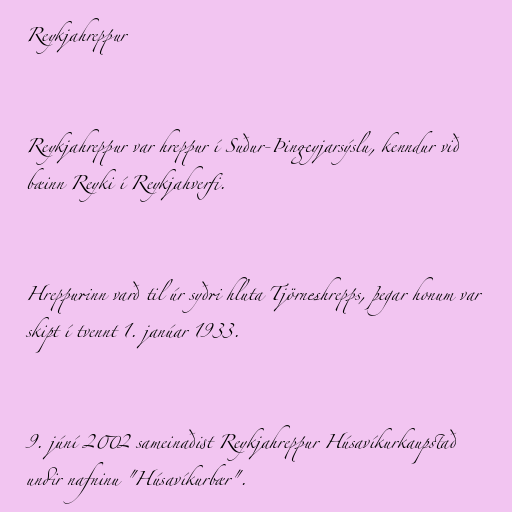
Reykjahreppur

Reykjahreppur var hreppur í Suður-Þingeyjarsýslu, kenndur við
bæinn Reyki í Reykjahverfi.

Hreppurinn varð til úr syðri hluta Tjörneshrepps, þegar honum var
skipt í tvennt 1. janúar 1933.

9. júní 2002 sameinaðist Reykjahreppur Húsavíkurkaupstað
undir nafninu "Húsavíkurbær".